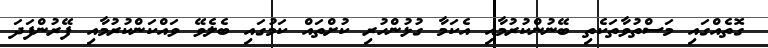
ގޮތެއްގައި މަސްތުވާތަކެތި ބޭނުންކުރުމާއި އެކަމާ ގުޅުންހުރި ކުށްތައް ކަމުގައި ބެލެވޭ ވައްކަންކުރުމާއި ފޭރުންފަދަ